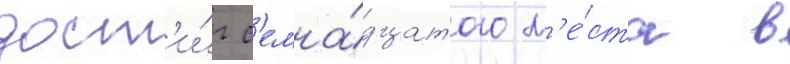
дост'и́г с'емна́дцатого м'е́ста в